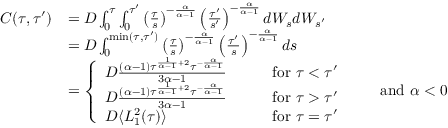
\begin{array} { r l } { C ( \tau , \tau ^ { \prime } ) } & { = D \int _ { 0 } ^ { \tau } \int _ { 0 } ^ { \tau ^ { \prime } } \left( \frac { \tau } { s } \right) ^ { - \frac { \alpha } { \alpha - 1 } } \left( \frac { \tau ^ { \prime } } { s ^ { \prime } } \right) ^ { - \frac { \alpha } { \alpha - 1 } } d W _ { s } d W _ { s ^ { \prime } } } \\ & { = D \int _ { 0 } ^ { \mathrm { m i n } ( \tau , \tau ^ { \prime } ) } \left( \frac { \tau } { s } \right) ^ { - \frac { \alpha } { \alpha - 1 } } \left( \frac { \tau ^ { \prime } } { s } \right) ^ { - \frac { \alpha } { \alpha - 1 } } d s } \\ & { = \left\{ \begin{array} { l l } { D \frac { ( \alpha - 1 ) \tau ^ { \frac { 1 } { \alpha - 1 } + 2 } \tau ^ { - \frac { \alpha } { \alpha - 1 } } } { 3 \alpha - 1 } } & { \qquad \mathrm { f o r } \ \tau < \tau ^ { \prime } } \\ { D \frac { ( \alpha - 1 ) \tau ^ { \frac { 1 } { \alpha - 1 } + 2 } \tau ^ { - \frac { \alpha } { \alpha - 1 } } } { 3 \alpha - 1 } } & { \qquad \mathrm { f o r } \ \tau > \tau ^ { \prime } } \\ { D \langle L _ { 1 } ^ { 2 } ( \tau ) \rangle } & { \qquad \mathrm { f o r } \ \tau = \tau ^ { \prime } } \end{array} \right. \qquad \mathrm { a n d } \ \alpha < 0 } \end{array}